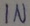
Text: IN